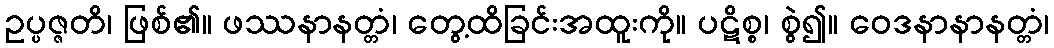
ဥပ္ပဇ္ဇတိ၊ ဖြစ်၏။ ဖဿနာနတ္တံ၊ တွေ့ထိခြင်းအထူးကို။ ပဋိစ္စ၊ စွဲ၍။ ဝေဒနာနာနတ္တံ၊